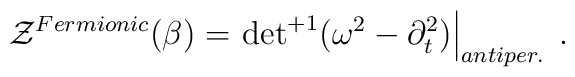
{\cal Z}^{Fermionic} (\beta) =\left. { \det}^{+1} (\omega^2 - \partial_t^2 )\right|_{antiper.}  \;.